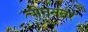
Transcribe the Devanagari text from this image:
चीननंतर